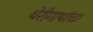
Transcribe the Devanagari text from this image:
थेरीगाथांचा